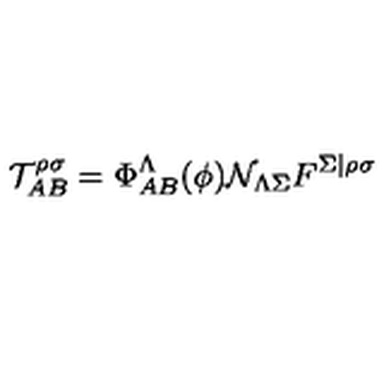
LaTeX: \mathcal { T } _ { A B } ^ { \rho \sigma } = \Phi _ { A B } ^ { \Lambda } ( \phi ) \mathcal { N } _ { \Lambda \Sigma } F ^ { \Sigma \vert \rho \sigma }